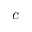
c